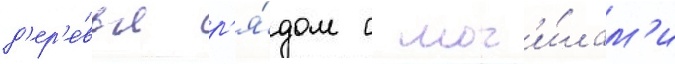
д'ер'е́вья р'я́дом с мог'и́лам'и